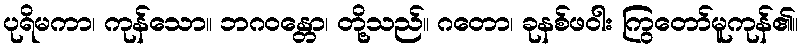
ပုရိမကာ၊ ကုန်သော။ ဘဂဝန္တော၊ တို့သည်။ ဂတော၊ ခုနစ်ဖဝါး ကြွတော်မူကုန်၏။